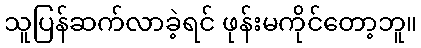
သူပြန်ဆက်လာခဲ့ရင် ဖုန်းမကိုင်တော့ဘူ။